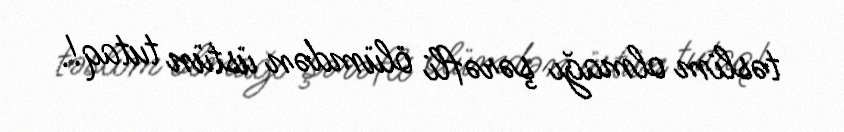
təslim olmağı şərəfli ölümdən üstün tutaq!.